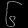
Digit: ၆